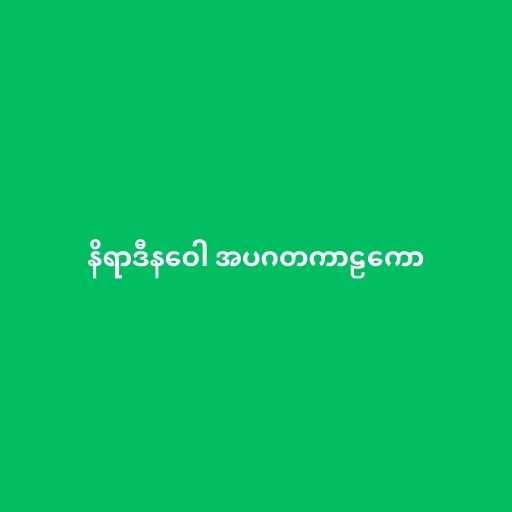
နိရာဒီနဝေါ အပဂတကာဠကော